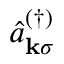
\hat { a } _ { \mathbf { k } \sigma } ^ { ( \dagger ) }